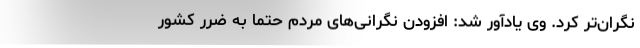
نگران‌تر کرد. وی یادآور شد: افزودن نگرانی‌های مردم حتماً به ضرر کشور